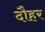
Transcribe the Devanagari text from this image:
दौहर